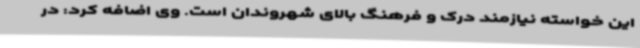
این خواسته نیازمند درک و فرهنگ بالای شهروندان است. وی اضافه کرد: در